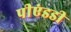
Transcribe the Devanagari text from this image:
पीएंडडी